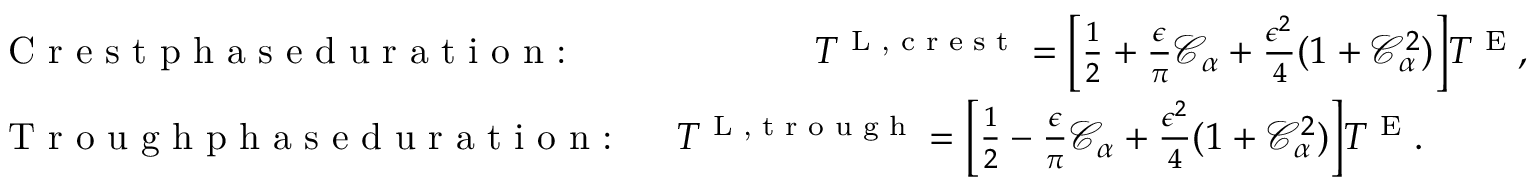
\begin{array} { r l } & { \textrm { C r e s t p h a s e d u r a t i o n : \, \, \, \, \, \, \, \, \, \, } T ^ { \textnormal { L , c r e s t } } = \bigg [ \frac { 1 } { 2 } + \frac { \epsilon } { \pi } \mathcal { C } _ { \alpha } + \frac { \epsilon ^ { 2 } } { 4 } ( 1 + \mathcal { C } _ { \alpha } ^ { 2 } ) \bigg ] T ^ { \textnormal { E } } , } \\ & { \textrm { T r o u g h p h a s e d u r a t i o n : \, \, } T ^ { \textnormal { L , t r o u g h } } = \bigg [ \frac { 1 } { 2 } - \frac { \epsilon } { \pi } \mathcal { C } _ { \alpha } + \frac { \epsilon ^ { 2 } } { 4 } ( 1 + \mathcal { C } _ { \alpha } ^ { 2 } ) \bigg ] T ^ { \textnormal { E } } . } \end{array}